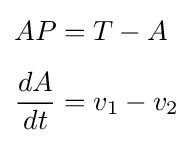
{\begin{aligned}AP&=T-A\\[4pt]{\frac {dA}{dt}}&=v_{1}-v_{2}\end{aligned}}